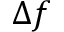
\Delta f